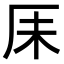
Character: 𫨃